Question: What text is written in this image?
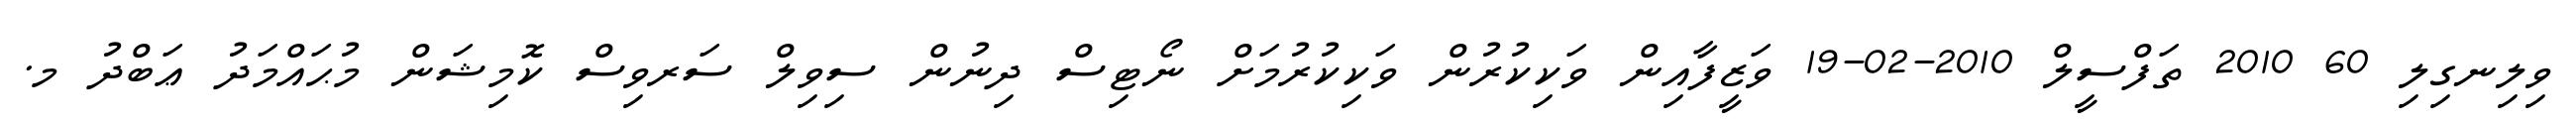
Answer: ވިލިނގިލި 60 2010 ތަފްސީލް 2010-02-19 ވަޒީފާއިން ވަކިކުރުން ވަކިކުރުމަށް ނޯޓިސް ދިނުން ސިވިލް ސަރވިސް ކޮމިޝަން މުޙައްމަދު ޢަބްދު މ.